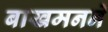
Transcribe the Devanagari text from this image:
बाखमनने